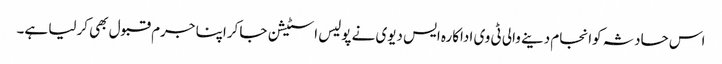
اس حادثہ کوانجام دینے والی ٹی وی اداکارہ ایس دیوی نے پولیس اسٹیشن جا کراپنا جرم قبول بھی کرلیا ہے۔